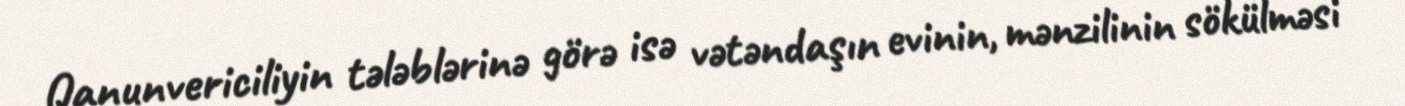
Qanunvericiliyin tələblərinə görə isə vətəndaşın evinin, mənzilinin sökülməsi